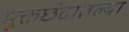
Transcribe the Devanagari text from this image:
मुक्तछंदातल्या